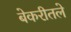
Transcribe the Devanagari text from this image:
बेकरीतले